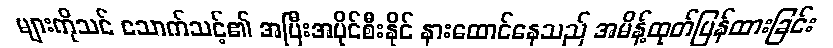
များကိုသင် သောက်သင့်၏ အပြီးအပိုင်စီးနိုင် နားထောင်နေသည် အမိန့်ထုတ်ပြန်ထားခြင်း